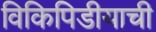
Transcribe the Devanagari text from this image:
विकिपिडीयाची